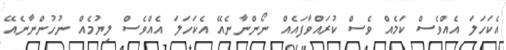
އެކަހަލަ އެއްވެސް ކަމެއް ވެސް ކުރައްވާފައެއް ނޯންނާނެއޭ އެކަހަލަ އެއްވެސް ލިޔުމެއް ނުހުންނާނެއޭ